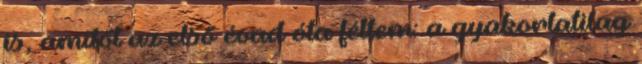
is, amitől az első évad óta féltem: a gyakorlatilag